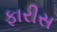
ફારીસ